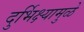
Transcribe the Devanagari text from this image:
दुर्भिक्ष्यामुळे